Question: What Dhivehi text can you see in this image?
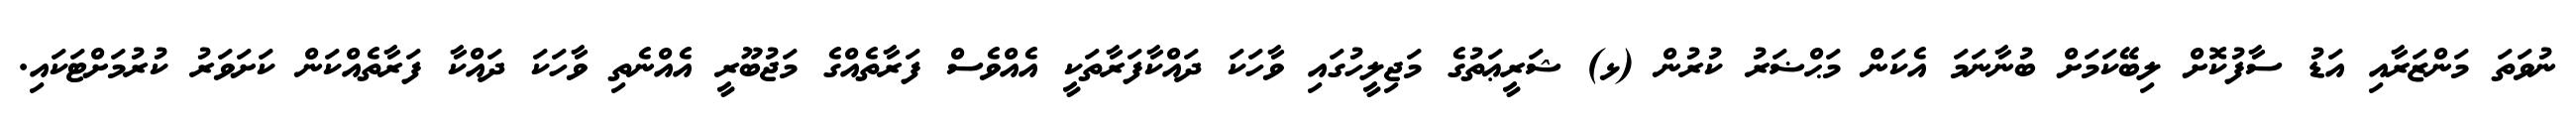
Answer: ނުވަތަ މަންޒަރާއި އަޑު ސާފުކޮށް ލިބޭކަމަށް ބުނާނަމަ އެކަން މަޙްޟަރު ކުރުން (ޅ) ޝަރީޢަތުގެ މަޖިލީހުގައި ވާހަކަ ދައްކާފަރާތަކީ އެއްވެސް ފަރާތެއްގެ މަޖުބޫރީ އެއްނެތި ވާހަކަ ދައްކާ ފަރާތެއްކަން ކަށަވަރު ކުރުމަށްޓަކައި.